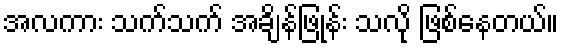
အလကား သက်သက် အချိန်ဖြုန်း သလို ဖြစ်နေတယ်။